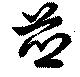
薌